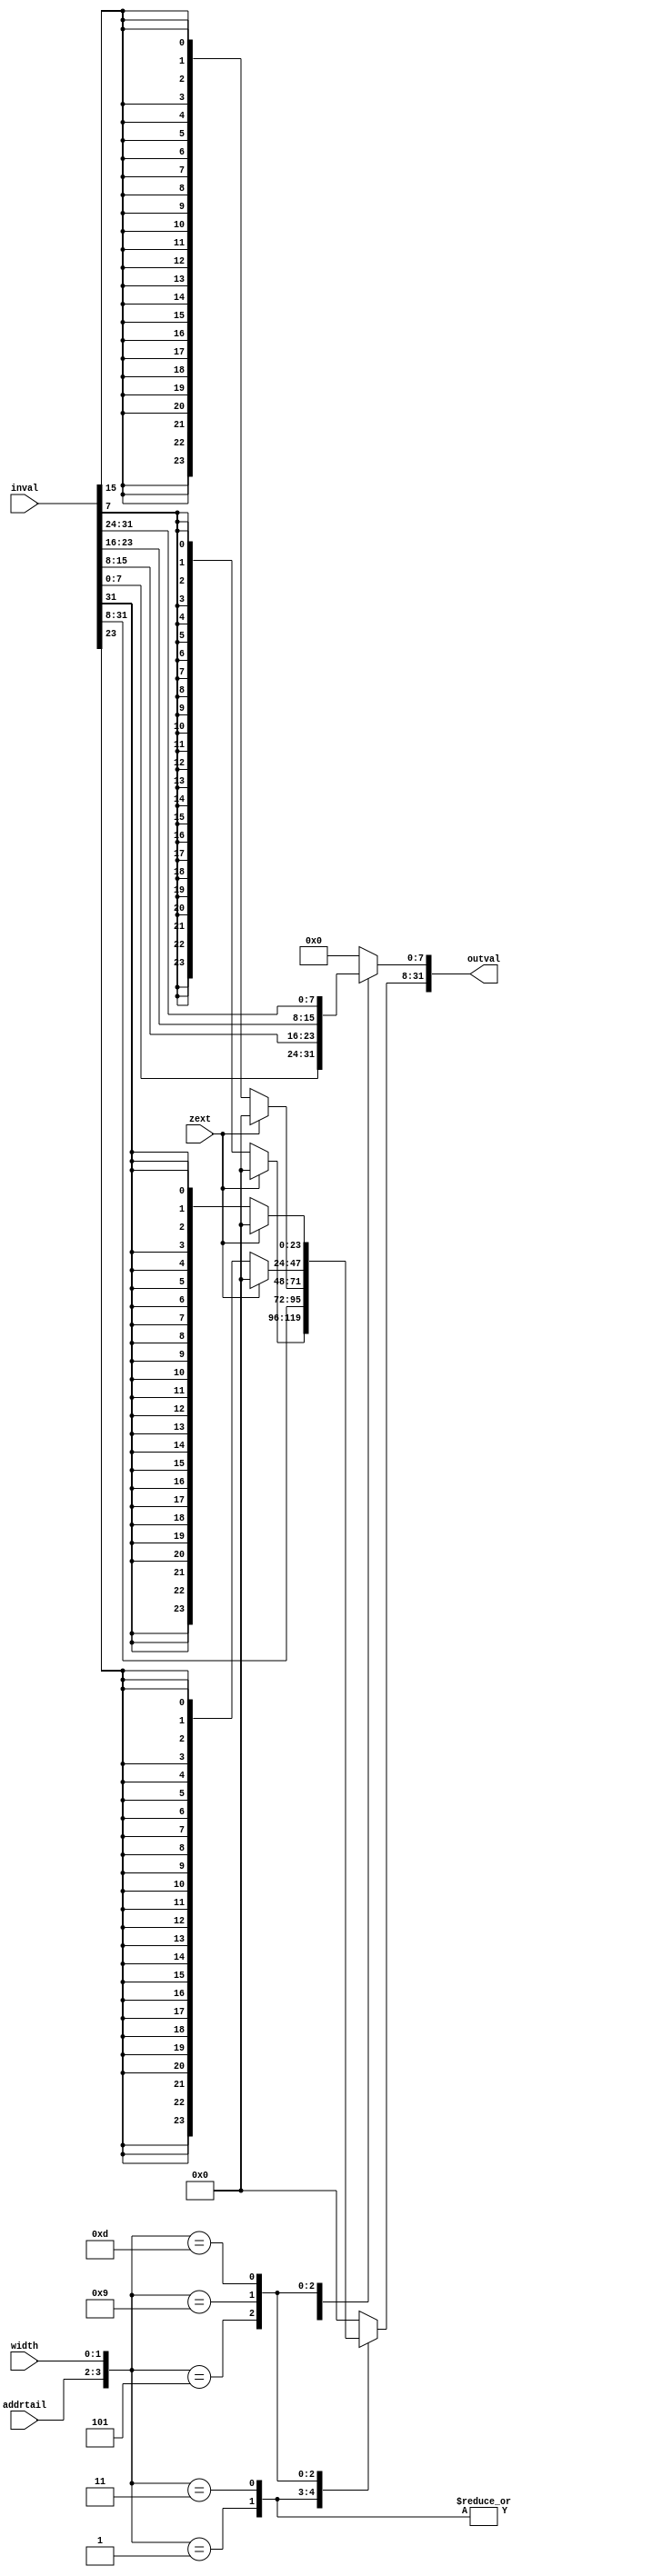
module mread(
    addrtail,
    width,
    zext,
    inval,
    outval
);

input wire [1:0] addrtail;
input wire [1:0] width;
input wire zext;
input wire [31:0] inval;
output reg [31:0] outval;

wire [3:0] addrtail_width;
assign addrtail_width = {addrtail, width};

always @ (*) begin
    case (addrtail_width)
        // addr mod 4 == 0, width 1, 2, 4
        4'b00_01: begin
            if(zext) outval[31:8] <= 24'b0;
            else outval[31:8] <= {24{inval[7]}};
            outval[7:0] <= inval[7:0];
        end
        4'b00_11: begin
            outval <= inval;
        end

        // addr mod 4 == 1, width 1
        4'b01_01: begin
            if(zext) outval[31:8] <= 24'b0;
            else outval[31:8] <= {24{inval[15]}};
            outval[7:0] <= inval[15:8];
        end

        // addr mod 4 == 2, width 1
        4'b10_01: begin
            if(zext) outval[31:8] <= 24'b0;
            else outval[31:8] <= {24{inval[23]}};
            outval[7:0] <= inval[23:16];
        end

        // addr mod 4 == 3, width 1
        4'b11_01: begin
            if(zext) outval[31:8] <= 24'b0;
            else outval[31:8] <= {24{inval[31]}};
            outval[7:0] <= inval[31:24];
        end

        default: outval <= 0;
    endcase
end

endmodule

module mwrite(
    addrtail,
    width,
    inval,
    out_wbyte_enable,
    outval
);

input wire [1:0] addrtail;
input wire [1:0] width;
input wire [31:0] inval;
output reg [3:0] out_wbyte_enable;
output reg [31:0] outval;

wire [3:0] addrtail_width;
assign addrtail_width = {addrtail, width};

always @ (*) begin
    outval <= 32'b0;

    case (addrtail_width)
        // addr mod 4 == 0, width 1, 4
        4'b00_01: begin
            outval[7:0] <= inval[7:0];
            out_wbyte_enable <= 4'b0001;
        end
        4'b00_11: begin
            outval <= inval;
            out_wbyte_enable <= 4'b1111;
        end

        // addr mod 4 == 1, width 1
        4'b01_01: begin
            outval[15:8] <= inval[7:0];
            out_wbyte_enable <= 4'b0010;
        end

        // addr mod 4 == 2, width 1
        4'b10_01: begin
            outval[23:16] <= inval[7:0];
            out_wbyte_enable <= 4'b0100;
        end

        // addr mod 4 == 3, width 1
        4'b11_01: begin
            outval[31:24] <= inval[7:0];
            out_wbyte_enable <= 4'b1000;
        end

        default: begin
            out_wbyte_enable <= 4'b0000;
        end
    endcase
end

endmodule